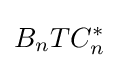
B_{n}TC_{n}^{*}